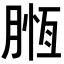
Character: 𣎄